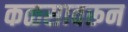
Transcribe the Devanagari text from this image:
कळसावरून